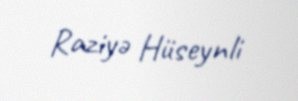
Raziyə Hüseynli